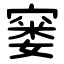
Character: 窭